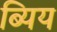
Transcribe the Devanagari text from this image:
ब्यिय